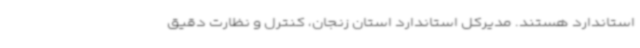
استاندارد هستند. مدیرکل استاندارد استان زنجان، کنترل و نظارت دقیق